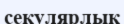
секулярлық